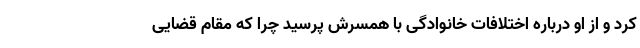
کرد و از او درباره اختلافات خانوادگی با همسرش پرسید چرا که مقام قضایی